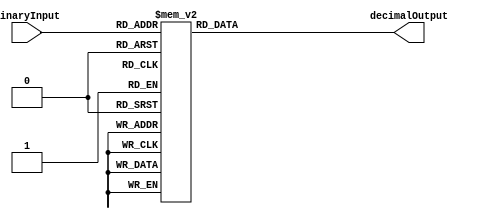
module DecimalDecoder (
    input [3:0] binaryInput,
    output reg [9:0] decimalOutput
);

always @(*)
begin
    case(binaryInput)
        4'b0000: decimalOutput = 10'b0000000001; //0
        4'b0001: decimalOutput = 10'b0000000010; //1
        4'b0010: decimalOutput = 10'b0000000100; //2
        4'b0011: decimalOutput = 10'b0000001000; //3
        4'b0100: decimalOutput = 10'b0000010000; //4
        4'b0101: decimalOutput = 10'b0000100000; //5
        4'b0110: decimalOutput = 10'b0001000000; //6
        4'b0111: decimalOutput = 10'b0010000000; //7
        4'b1000: decimalOutput = 10'b0100000000; //8
        4'b1001: decimalOutput = 10'b1000000000; //9
        default: decimalOutput = 10'b0000000000; //default case
    endcase
end

endmodule